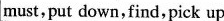
must, put down,find, pick up